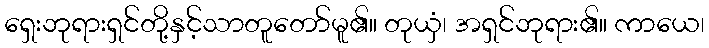
ရှေးဘုရားရှင်တို့နှင့်သာတူတော်မူ၏။ တုယှံ၊ အရှင်ဘုရား၏။ ကာယေ၊